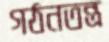
গঠনতন্ত্র